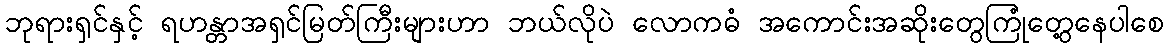
ဘုရားရှင်နှင့် ရဟန္တာအရှင်မြတ်ကြီးများဟာ ဘယ်လိုပဲ လောကဓံ အကောင်းအဆိုးတွေကြုံတွေ့နေပါစေ